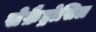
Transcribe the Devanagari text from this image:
सेफ़ैड्रोसिल